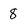
Character: 8